Report on the Civil Veterinary Department, Eastern Bengal and Assam - 1907-1911
Year: 1907
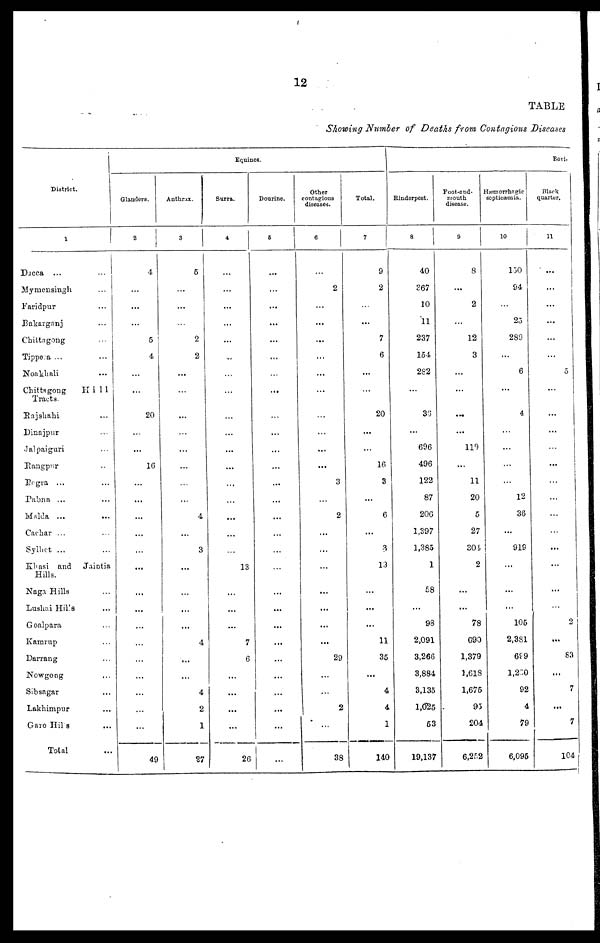
12
TABLE
Showinig Number of Deaths from Contagious Diseases
District.
1
Dacca ... ...
Mymensingh ...
Faridpur ...
Bakarganj ...
Chittagong ...
Tippera ... ...
Noakhali ...
Chittagong
Hill
Tracts.
Rajshahi ...
Dinajpur ...
Jalpaiguri
Rangpur ...
Begra ... ...
Pabna ...
Malda ... ...
Cachar ... ...
Sylhet ... ...
Khasi
and
Jaintia
Hills.
Naga Hills ...
Lushai Hills ...
Goalpara ...
Kamrup ...
Darrang ...
Nowgong ...
Sibsagar ...
Lakhimpur ...
Garo Hills ...
Tolal ...
Glanders.
2
4
...
...
...
6
4
...
...
20
...
...
16
...
...
...
...
...
...
...
...
...
...
...
...
...
...
...
49
Anthrax.
3
5
...
...
...
2
2
...
...
...
...
...
...
...
...
4
...
3
...
...
...
...
4
...
...
4
2
1
27
Equines.
Surra.
4
...
...
...
...
...
...
...
...
...
...
...
...
...
...
...
...
...
13
...
...
...
7
6
...
...
...
...
26
Dourine.
5
...
...
...
...
...
...
...
...
...
...
...
...
...
...
...
...
...
...
...
...
...
...
...
...
...
...
...
...
Other
contagious
diseases.
6
...
2
...
...
...
...
...
...
...
...
...
...
3
...
2
...
...
...
...
...
...
...
29
...
...
2
...
38
Total.
7
9
2
...
...
7
6
...
...
20
...
...
16
3
...
6
...
3
13
...
...
...
11
35
...
4
4
1
140
Rinderpest.
8
40
367
10
11
237
154
282
...
30
...
696
496
122
87
206
1,397
1,385
1
58
...
98
2,091
3,266
3,884
3,135
1,025
53
19,137
Foot-and-
mouth
disease.
9
8
...
2
...
12
3
...
...
...
...
119
...
11
20
5
27
301
2
...
...
78
690
1,379
1,618
1,675
93
204
6,252
Hæmorrhagic
septicæmia.
10
130
94
...
25
289
...
6
...
4
...
...
...
...
12
36
...
919
...
...
...
105
2,381
699
1,220
92
4
79
6,095
Bovi-
Black
quarter.
11
...
...
...
...
...
...
5
...
...
...
...
...
...
...
...
...
...
...
2
...
83
...
7
...
7
104